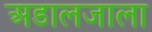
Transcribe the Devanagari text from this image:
अडालजाला